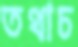
তথাচ